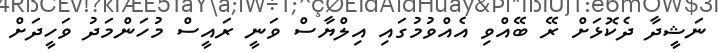
ނަޝީދާ ދެކޮޅަށް ރޭ ބޭއްވި އެއްވުމުގައި އިލްޔާސް ވަނީ ރައީސް މުހަންމަދު ވަހީދަށް